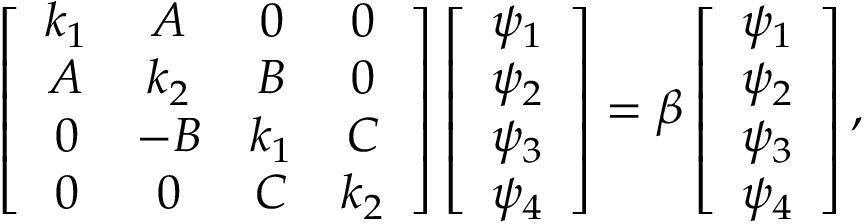
\left[ \begin{array} { c c c c } { k _ { 1 } } & { A } & { 0 } & { 0 } \\ { A } & { k _ { 2 } } & { B } & { 0 } \\ { 0 } & { - B } & { k _ { 1 } } & { C } \\ { 0 } & { 0 } & { C } & { k _ { 2 } } \end{array} \right] \left[ \begin{array} { c c c c } { \psi _ { 1 } } \\ { \psi _ { 2 } } \\ { \psi _ { 3 } } \\ { \psi _ { 4 } } \end{array} \right] = \beta \left[ \begin{array} { c c c c } { \psi _ { 1 } } \\ { \psi _ { 2 } } \\ { \psi _ { 3 } } \\ { \psi _ { 4 } } \end{array} \right] ,